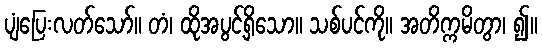
ပျံပြေးလတ်သော်။ တံ၊ ထိုအပွင့်ရှိသော။ သစ်ပင်ကို။ အတိက္ကမိတွာ၊ ၍။